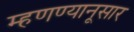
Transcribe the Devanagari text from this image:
म्हणण्यानूसार